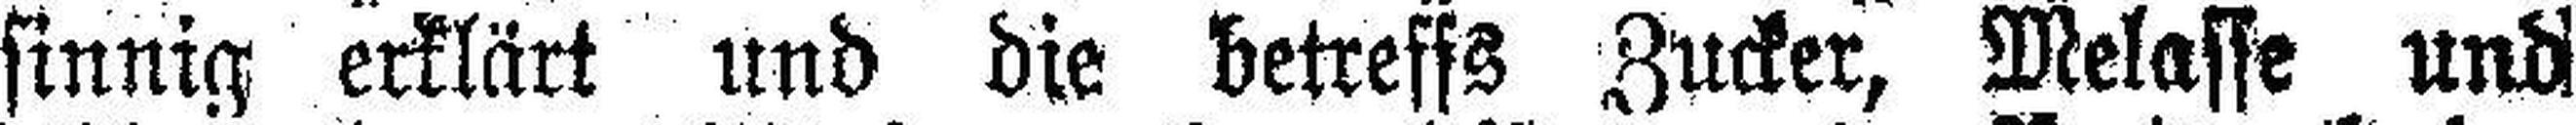
sinnig erklärt und die betreffs Zucker, Melasse und